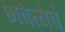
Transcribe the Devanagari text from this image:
भवेत्येवं